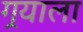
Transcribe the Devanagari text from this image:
गर्‍याला